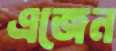
এজেন